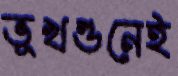
ভূখণ্ডনেই